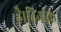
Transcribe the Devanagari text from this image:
है।दिनांक